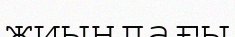
жиындағы